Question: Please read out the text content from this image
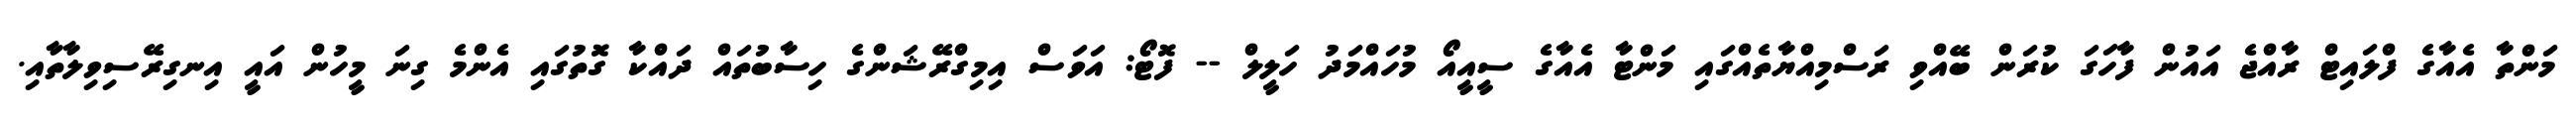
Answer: މަންތާ އެއާގެ ފްލައިޓް ރާއްޖެ އައުން ފާހަގަ ކުރަން ބޭއްވި ރަސްމިއްޔާތެއްގައި މަންޓާ އެއާގެ ސީއީއޯ މުހައްމަދު ހަލީލް -- ފޮޓޯ: އަވަސް އިމިގްރޭޝަންގެ ހިސާބުތައް ދައްކާ ގޮތުގައި އެންމެ ގިނަ މީހުން އައީ އިނގިރޭސިވިލާތާއި.